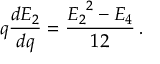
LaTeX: q \frac { d E _ { 2 } } { d q } = \frac { { E _ { 2 } } ^ { 2 } - E _ { 4 } } { 1 2 } \, .